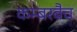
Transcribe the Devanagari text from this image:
कम्बरबैच